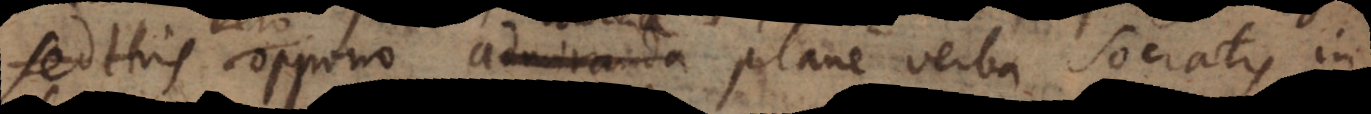
vero oppono admiranda plane verba Socratis in